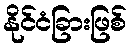
နိုင်ငံခြားဖြစ်